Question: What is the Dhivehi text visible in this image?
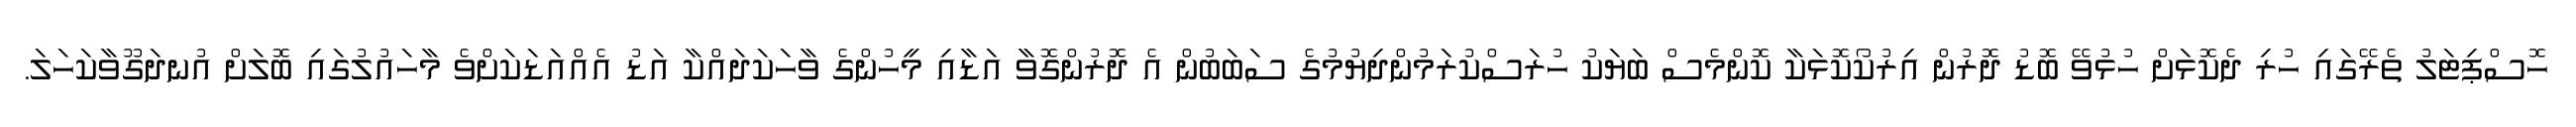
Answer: ހޮސްޕިޓަލު ތެރޭގައި ހުރި ދެކޮޅަށް ހުޅުވޭ ބޮޑު ދޮރުން އިރުކޯކޮޅަކާ ކޮންމެސް ބަޔަކު ހުރަސްކުރަމުންދިޔުމުގެ ސަބަބުން އެ ދޮރުންގޮވާ އަޑާއި މީހުންގެ ވާހަކަދައްކާ އަޑު އެއްއަޑަކަށްވެ މާހައުލުގައި ބޮލަށް އުނދަގޫވާކަހަލަ.